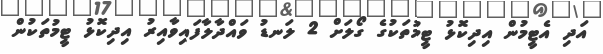
އަދި އެޓީމުން އިދިކޮޅު ޓީމުތަކުގެ ގޯލަށް 2 ލަނޑު ވައްދާލާފައިވާއިރު އިދިކޮޅު ޓީމުތަކުން